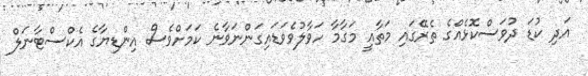
އަދި ކުޑަ ދުވަސްކޮޅެއްގެ ތެރޭގައި މަތާއީ މަގާމާ ހަވާލުވެވަޑައިގަންނަވާނެ ކަމަށްވެސް އިންޑިޔާގެ އެކްސްޓާނަލް